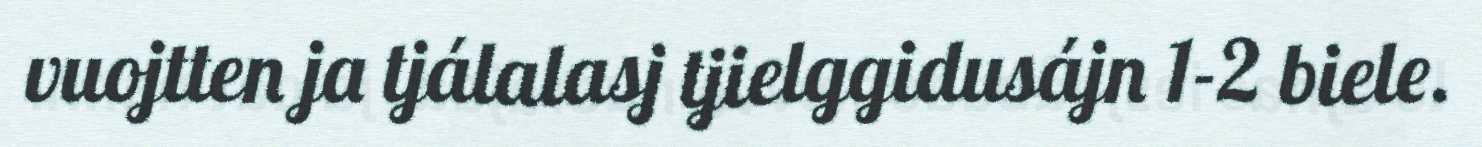
vuojtten ja tjálalasj tjielggidusájn 1-2 biele.